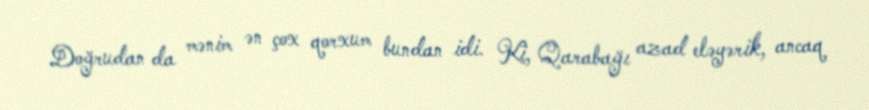
Doğrudan da mənim ən çox qorxum bundan idi. Ki, Qarabağı azad eləyərik, ancaq